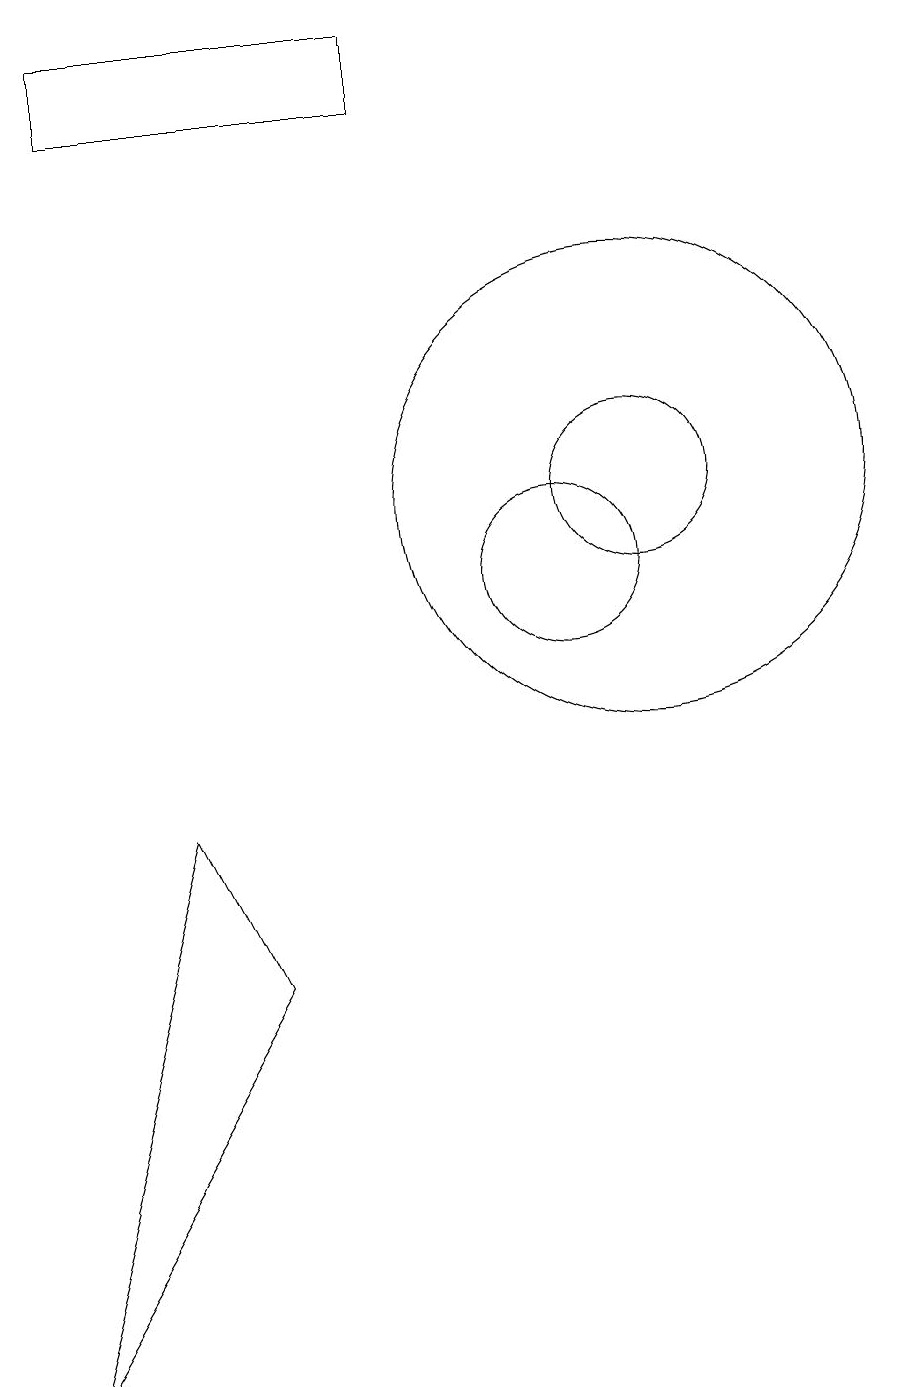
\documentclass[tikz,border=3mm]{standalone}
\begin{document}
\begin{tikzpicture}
\draw (8,17) rectangle (4,18);
\draw (11,12) circle (1);
\draw (11,12) circle (3);
\draw (10,11) circle (1);
\draw (5,8) -- (6,6) -- (3,1) -- cycle;
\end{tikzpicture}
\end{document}